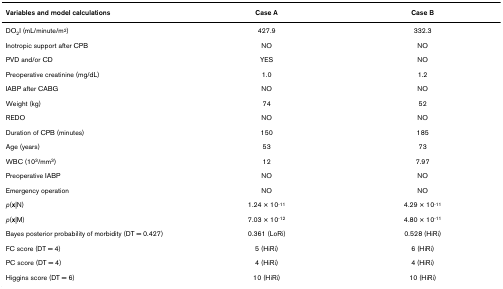
<table><thead><tr><td><b>Variables and model calculations</b></td><td><b>Case A</b></td><td><b>Case B</b></td></tr></thead><tbody><tr><td>DO<sub>2</sub>I (mL/minute/m<sup>2</sup>)</td><td>427.9</td><td>332.3</td></tr><tr><td>Inotropic support after CPB</td><td>NO</td><td>NO</td></tr><tr><td>PVD and/or CD</td><td>YES</td><td>NO</td></tr><tr><td>Preoperative creatinine (mg/dL)</td><td>1.0</td><td>1.2</td></tr><tr><td>IABP after CABG</td><td>NO</td><td>NO</td></tr><tr><td>Weight (kg)</td><td>74</td><td>52</td></tr><tr><td>REDO</td><td>NO</td><td>NO</td></tr><tr><td>Duration of CPB (minutes)</td><td>150</td><td>185</td></tr><tr><td>Age (years)</td><td>53</td><td>73</td></tr><tr><td>WBC (10<sup>3</sup>/mm<sup>3</sup>)</td><td>12</td><td>7.97</td></tr><tr><td>Preoperative IABP</td><td>NO</td><td>NO</td></tr><tr><td>Emergency operation</td><td>NO</td><td>NO</td></tr><tr><td><i>p</i>(<b>x</b>|N)</td><td>1.24 × 10<sup>-11</sup></td><td>4.29 × 10<sup>-11</sup></td></tr><tr><td><i>p</i>(<b>x</b>|M)</td><td>7.03 × 10<sup>-12</sup></td><td>4.80 × 10<sup>-11</sup></td></tr><tr><td>Bayes posterior probability of morbidity (DT = 0.427)</td><td>0.361 (LoRi)</td><td>0.528 (HiRi)</td></tr><tr><td>FC score (DT = 4)</td><td>5 (HiRi)</td><td>6 (HiRi)</td></tr><tr><td>PC score (DT = 4)</td><td>4 (HiRi)</td><td>4 (HiRi)</td></tr><tr><td>Higgins score (DT = 6)</td><td>10 (HiRi)</td><td>10 (HiRi)</td></tr></tbody></table>